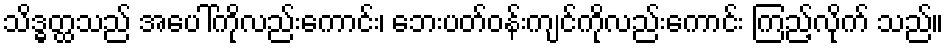
သိဒ္ဓတ္ထသည် အပေါ်ကိုလည်းကောင်း၊ ဘေးပတ်ဝန်းကျင်ကိုလည်းကောင်း ကြည့်လိုက် သည်။